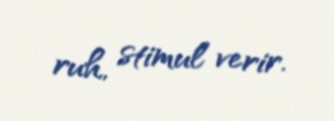
ruh, stimul verir.